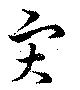
災